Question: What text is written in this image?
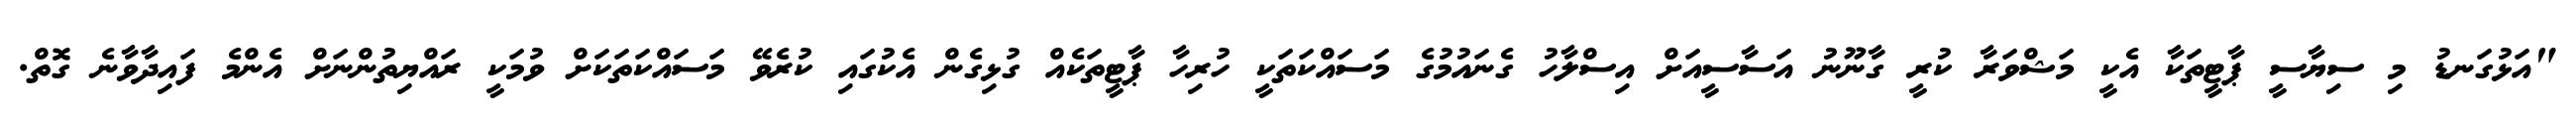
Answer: "އަޅުގަނޑު މި ސިޔާސީ ޕާޓީތަކާ އެކީ މަޝްވަރާ ކުރީ ގާނޫނު އަސާސީއަށް އިސްލާހު ގެނައުމުގެ މަސައްކަތަކީ ހުރިހާ ޕާޓީތަކެއް ގުޅިގެން އެކުގައި ކުރެވޭ މަސައްކަތަކަށް ވުމަކީ ރައްޔިތުންނަށް އެންމެ ފައިދާވާނެ ގޮތް.